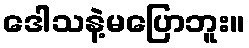
ဒေါသနဲ့မပြောဘူး။